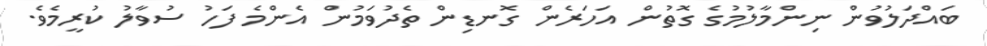
ބައްދަލުވުން ނިންމާލުމުގެ ގޮތުން އަހަރެން ގޮނޑިން ތެދުވަމުން އެންމެ ފަހު ސުވާލު ކުރީމެވެ.